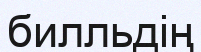
билльдің